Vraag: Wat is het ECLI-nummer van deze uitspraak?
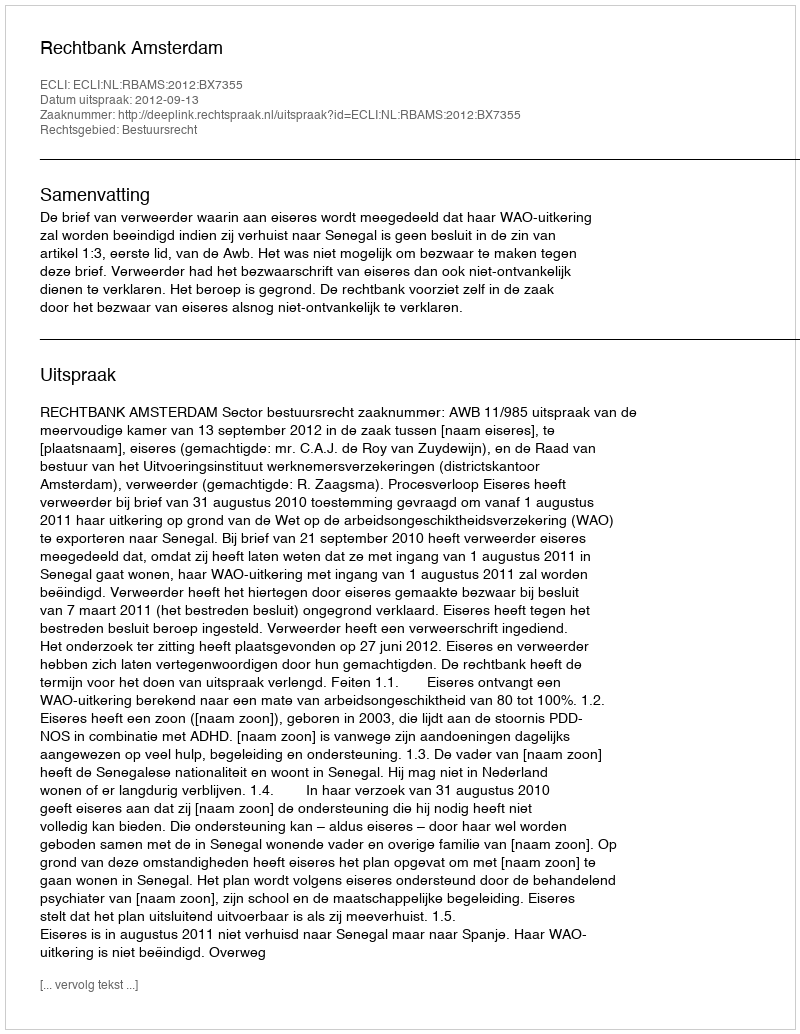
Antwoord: ECLI:NL:RBAMS:2012:BX7355